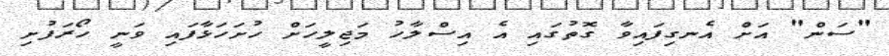
"ސަން" އަށް އެނގިފައިވާ ގޮތުގައި އެ އިސްލާހު މަޖިލީހަށް ހުށަހަޅާފައި ވަނީ ހޯރަފުށި